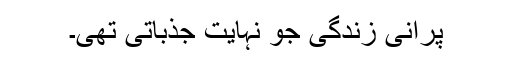
پرانی زندگی جو نہایت جذباتی تھی۔